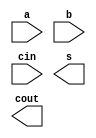

module adder (a, b, cin, s, cout);

input  a, b, cin;
output s, cout;

`ifdef DATAFLOW_LEVEL1
assign s    = a ^ b ^ cin;
assign cout = (a & b) | (a & cin) | (b & cin); 

`elsif GATE_LEVEL
xor x0(s, a, b, cin);

wire w0, w1, w2;
and a0(w0, a, b);
and a1(w1, a, cin);
and a2(w2, b, cin);

or o0(Cout, w0, w1, w2);

`endif

endmodule